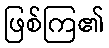
ဖြစ်ကြ၏